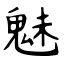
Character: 魅